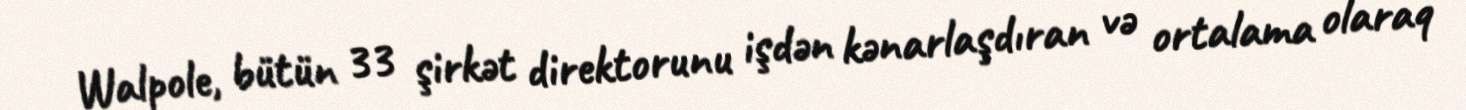
Walpole, bütün 33 şirkət direktorunu işdən kənarlaşdıran və ortalama olaraq